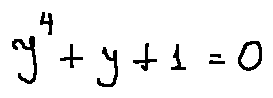
y ^ { 4 } + y + 1 = 0